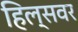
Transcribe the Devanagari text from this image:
हिल्सवर